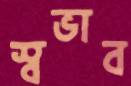
স্বভাব